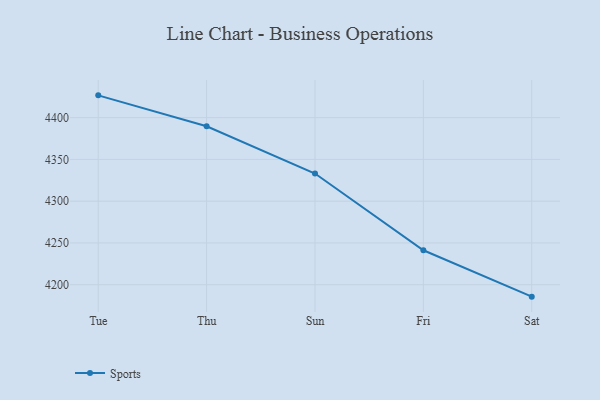
{"axis": {"x": "Day", "y": "LTV (USD)"}, "legend": ["Sports"], "data": [{"x": "Tue", "y": 4426.7, "type": "Sports"}, {"x": "Thu", "y": 4389.7, "type": "Sports"}, {"x": "Sun", "y": 4333.1, "type": "Sports"}, {"x": "Fri", "y": 4241.2, "type": "Sports"}, {"x": "Sat", "y": 4185.7, "type": "Sports"}]}